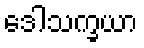
ဒေါသက္ခယာ